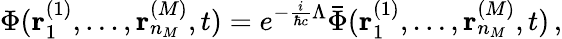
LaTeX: \Phi({\mathbf r}_{1}^{(1)},\ldots,{\mathbf r}_{n_{M}}^{(M)},t)=e^{-\frac{i}{\hbar c}\Lambda}\bar{\Phi}({\mathbf r}_{1}^{(1)},\ldots,{\mathbf r}_{n_{M}}^{(M)},t)\, ,